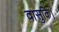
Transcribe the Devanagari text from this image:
वासुकि।